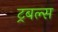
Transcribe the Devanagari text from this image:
ट्रबल्स